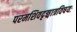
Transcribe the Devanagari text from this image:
परमशिवदृङ्मात्रविषयः